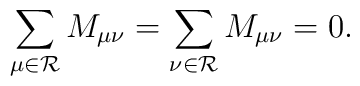
\sum_{\mu\in{\cal R}}M_{\mu\nu}=   \sum_{\nu\in{\cal R}}M_{\mu\nu}=0.